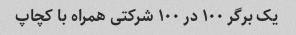
یک برگر ۱۰۰ در ۱۰۰ شرکتی همراه با کچاپ